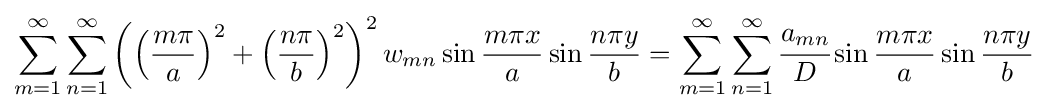
\sum _{m=1}^{\infty }\sum _{n=1}^{\infty }\left(\left({\frac {m\pi }{a}}\right)^{2}+\left({\frac {n\pi }{b}}\right)^{2}\right)^{2}w_{mn}\sin {\frac {m\pi x}{a}}\sin {\frac {n\pi y}{b}}=\sum _{m=1}^{\infty }\sum _{n=1}^{\infty }{\cfrac {a_{mn}}{D}}\sin {\frac {m\pi x}{a}}\sin {\frac {n\pi y}{b}}